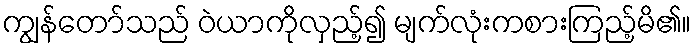
ကျွန်တော်သည် ဝဲယာကိုလှည့်၍ မျက်လုံးကစားကြည့်မိ၏။